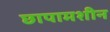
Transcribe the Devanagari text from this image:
छापामशीन